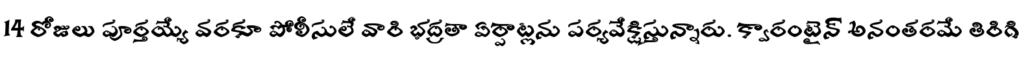
14 రోజులు పూర్తయ్యే వరకూ పోలీసులే వారి భద్రతా ఏర్పాట్లను పర్యవేక్షిస్తున్నారు. క్వారంటైన్ అనంతరమే తిరిగి